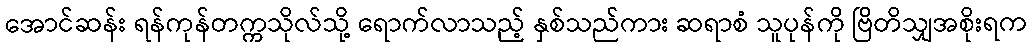
အောင်ဆန်း ရန်ကုန်တက္ကသိုလ်သို့ ရောက်လာသည့် နှစ်သည်ကား ဆရာစံ သူပုန်ကို ဗြိတိသျှအစိုးရက